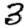
Digit: 3